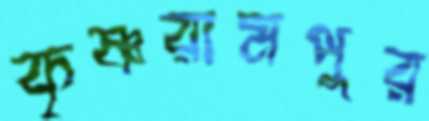
কৃষ্ণরামপুর